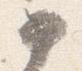
如